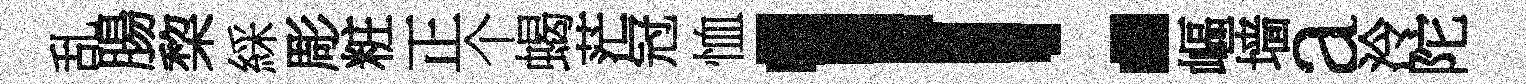
乱腸棃綵彫粧正个蝎茫冠恤！嶇墙a泠陀